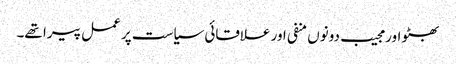
بھٹو اور مجیب دونوں منفی اور علاقائی سیاست پر عمل پیرا تھے۔